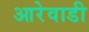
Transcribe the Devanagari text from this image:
आरेवाडी